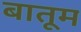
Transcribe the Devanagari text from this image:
बातूम